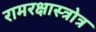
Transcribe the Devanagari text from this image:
रामरक्षास्त्रोत्र